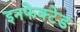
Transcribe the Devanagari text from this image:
इनफेक्टेड